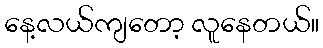
နေ့လယ်ကျတော့ လူနေတယ်။